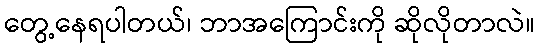
တွေ့နေရပါတယ်၊ ဘာအကြောင်းကို ဆိုလိုတာလဲ။